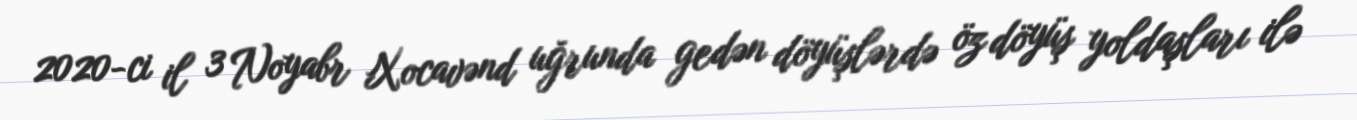
2020-ci il 3 Noyabr Xocavənd uğrunda gedən döyüşlərdə öz döyüş yoldaşları ilə